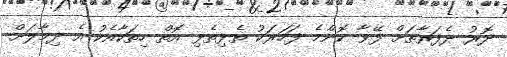
ދޮރު ދެފަރާތަށް ފޭވާ ކޮންމެ ފަހަރަކު ތެޅިތެޅި އޮތް ހިތަކާއެކު އެ ދިމާލަށް